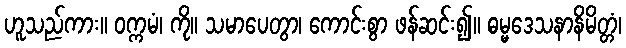
ဟူသည်ကား။ ဝက္ကမံ၊ ကို။ သမာပေတွာ၊ ကောင်းစွာ ဖန်ဆင်း၍။ ဓမ္မဒေသနာနိမိတ္တံ၊